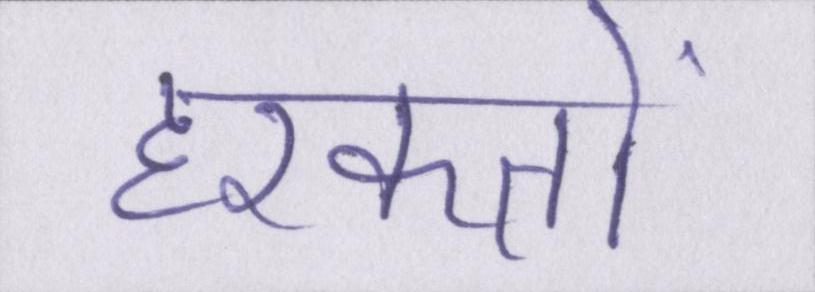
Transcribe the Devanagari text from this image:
हरकतों